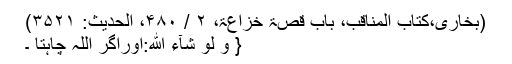
(بخاری،کتاب المناقب، باب قصۃ خزاعۃ، ۲ / ۴۸۰، الحدیث: ۳۵۲۱)
{ وَ لَوْ شَآءَ اللّٰهُ:اوراگر اللہ چاہتا ۔